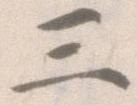
三